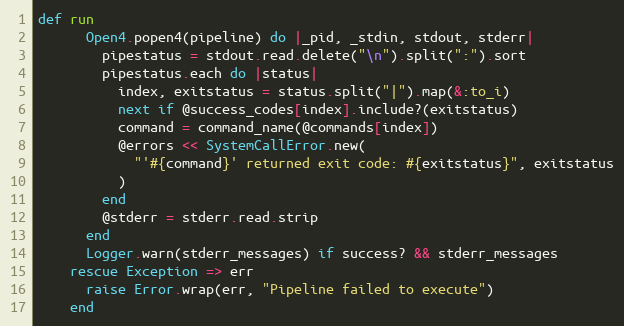
Language: Ruby
def run
      Open4.popen4(pipeline) do |_pid, _stdin, stdout, stderr|
        pipestatus = stdout.read.delete("\n").split(":").sort
        pipestatus.each do |status|
          index, exitstatus = status.split("|").map(&:to_i)
          next if @success_codes[index].include?(exitstatus)
          command = command_name(@commands[index])
          @errors << SystemCallError.new(
            "'#{command}' returned exit code: #{exitstatus}", exitstatus
          )
        end
        @stderr = stderr.read.strip
      end
      Logger.warn(stderr_messages) if success? && stderr_messages
    rescue Exception => err
      raise Error.wrap(err, "Pipeline failed to execute")
    end